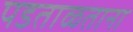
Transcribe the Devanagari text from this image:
पडताळताना